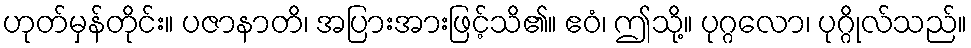
ဟုတ်မှန်တိုင်း။ ပဇာနာတိ၊ အပြားအားဖြင့်သိ၏။ ဧဝံ၊ ဤသို့။ ပုဂ္ဂလော၊ ပုဂ္ဂိုလ်သည်။